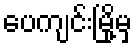
ပေကျင်းမြို့မှ